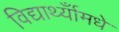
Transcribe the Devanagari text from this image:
विद्यार्थ्याँमधे